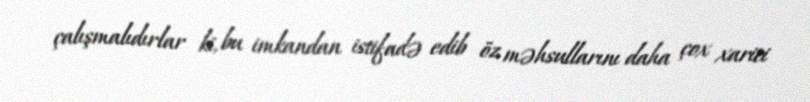
çalışmalıdırlar ki, bu imkandan istifadə edib öz məhsullarını daha çox xarici